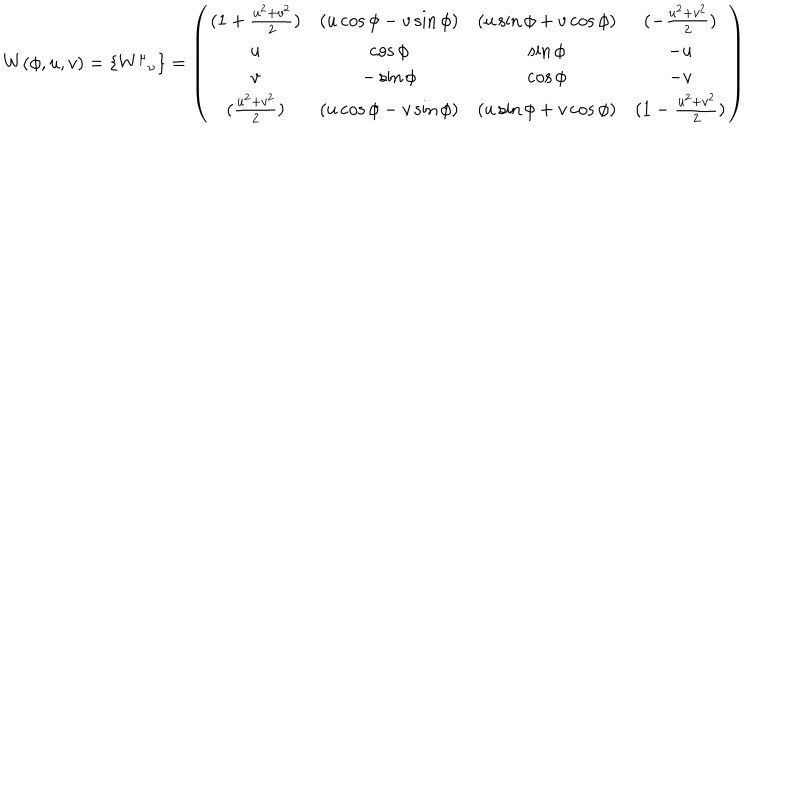
LaTeX: W ( \phi , u , v ) = \{ { W ^ { \mu } } _ { \nu } \} = \left( \begin{array} { c c c c } { { ( 1 + \frac { u ^ { 2 } + v ^ { 2 } } { 2 } ) } } & { { ( u \cos \phi - v \sin \phi ) } } & { { ( u \sin \phi + v \cos \phi ) } } & { { ( - \frac { u ^ { 2 } + v ^ { 2 } } { 2 } ) } } \\ { { u } } & { { \cos \phi } } & { { \sin \phi } } & { { - u } } \\ { { v } } & { { - \sin \phi } } & { { \cos \phi } } & { { - v } } \\ { { ( \frac { u ^ { 2 } + v ^ { 2 } } { 2 } ) } } & { { ( u \cos \phi - v \sin \phi ) } } & { { ( u \sin \phi + v \cos \phi ) } } & { { ( 1 - \frac { u ^ { 2 } + v ^ { 2 } } { 2 } ) } } \\ \end{array} \right)